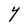
Character: Y